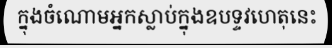
ក្នុងចំណោមអ្នកស្លាប់ក្នុងឧបទ្ទវហេតុនេះ